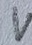
Text: V